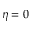
\eta = 0